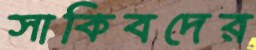
সাকিবদের